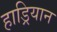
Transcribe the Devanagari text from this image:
हाड्रियान